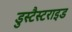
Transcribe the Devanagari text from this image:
डुस्टैस्टराइड